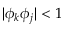
| \phi _ { k } \phi _ { j } | < 1